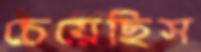
চেয়েছিস